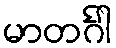
မာတင်္ဂါ